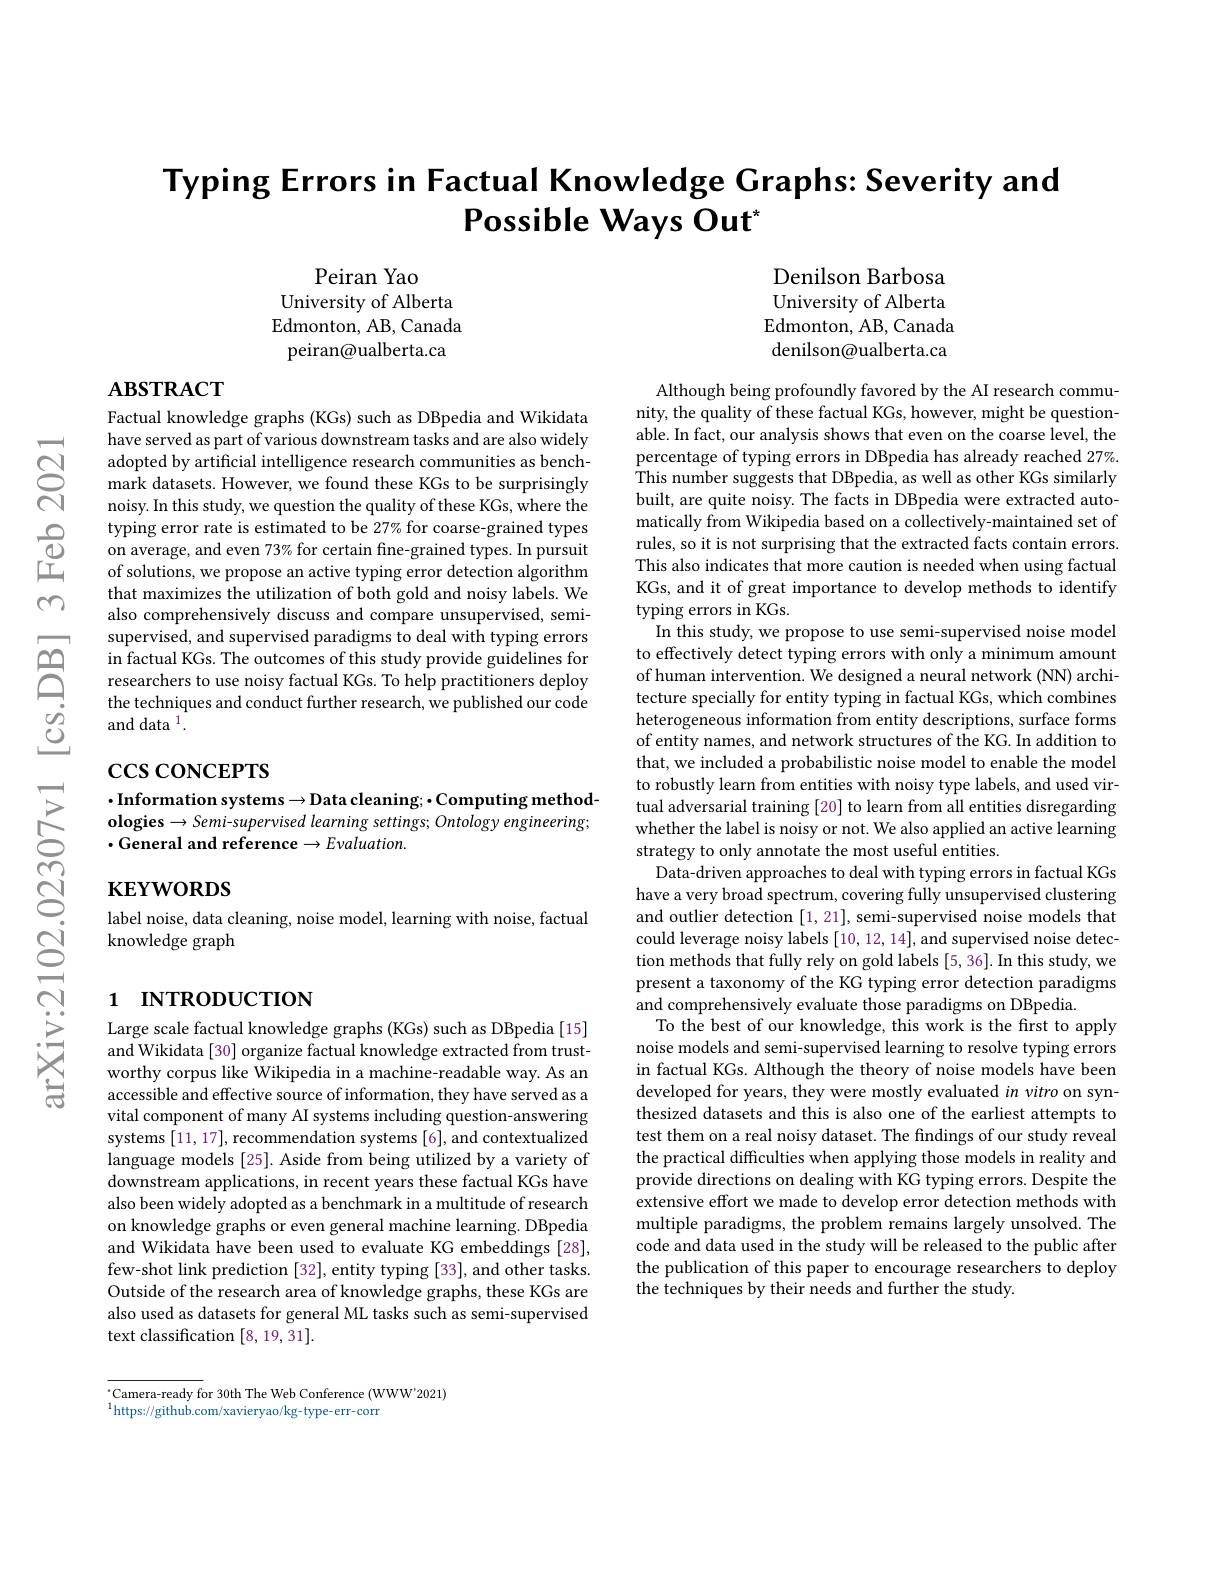
# Typing Errors in Factual Knowledge Graphs: Severity and Possible Ways Out"

Peiran Yao
University of Alberta Edmonton, AB, Canada peiran@ualberta.ca

Denilson Barbosa University of Alberta Edmonton, AB, Canada denilson@ualberta.ca

$\mathbf{ABSTRACT}$

Factual knowledge graphs (KGs) such as DBpedia and Wikidata have served as part of various downstream tasks and are also widely adopted by artificial intelligence research communities as benchmark datasets. However, we found these KGs to be surprisingly noisy. In this study, we question the quality of these KGs, where the typing error rate is estimated to be 27% for coarse-grained types on average, and even 73% for certain fine-grained types. In pursuit of solutions, we propose an active typing error detection algorithm that maximizes the utilization of both gold and noisy labels. We also comprehensively discuss and compare unsupervised, semisupervised, and supervised paradigms to deal with typing errors in factual KGs. The outcomes of this study provide guidelines for researchers to use noisy factual KGs. To help practitioners deploy the techniques and conduct further research, we published our code and data $^1.$

## $\csc\csc$coNCEPTS

$\cdot$Information systems$\to$Data cleaning; •Computing methodologies $\to Semi$-supervised learning settings; Ontology engineering; $\cdot$General and reference$\to Evaluation.$

Although being profoundly favored by the AI research community, the quality of these factual KGs, however, might be questionable. In fact, our analysis shows that even on the coarse level, the percentage of typing errors in DBpedia has already reached 27%. This number suggests that DBpedia, as well as other KGs similarly built, are quite noisy. The facts in DBpedia were extracted automatically from Wikipedia based on a collectively-maintained set of rules, so it is not surprising that the extracted facts contain errors. This also indicates that more caution is needed when using factual KGs, and it of great importance to develop methods to identify typing errors in KGs
In this study, we propose to use semi-supervised noise model to effectively detect typing errors with only a minimum amount of human intervention. We designed a neural network (NN) architecture specially for entity typing in factual KGs, which combines heterogeneous information from entity descriptions, surface forms of entity names, and network structures of the KG. In addition to that, we included a probabilistic noise model to enable the model to robustly learn from entities with noisy type labels, and used virtual adversarial training [20] to learn from all entities disregarding whether the label is noisy or not. We also applied an active learning strategy to only annotate the most useful entities.
Data-driven approaches to deal with typing errors in factual KGs have a very broad spectrum, covering fully unsupervised clustering and outlier detection [1,21], semi-supervised noise models that could leverage noisy labels [10,12,14], and supervised noise detection methods that fully rely on gold labels [5, 36]. In this study, we present a taxonomy of the KG typing error detection paradigms and comprehensively evaluate those paradigms on DBpedia
To the best of our knowledge, this work is the first to apply noise models and semi-supervised learning to resolve typing errors in factual KGs. Although the theory of noise models have been developed for years, they were mostly evaluated in vitro on synthesized datasets and this is also one of the earliest attempts to test them on a real noisy dataset. The findings of our study reveal the practical difficulties when applying those models in reality and provide directions on dealing with KG typing errors. Despite the extensive effort we made to develop error detection methods with multiple paradigms, the problem remains largely unsolved. The code and data used in the study will be released to the public after the publication of this paper to encourage researchers to deploy the techniques by their needs and further the study

## $\mathbf{KEYWORDS}$

label noise, data cleaning, noise model, learning with noise, factual
knowledge graph

# 1 INTRODUCTION

Large scale factual knowledge graphs (KGs) such as DBpedia [15] and Wikidata [30] organize factual knowledge extracted from trustworthy corpus like Wikipedia in a machine-readable way. As an accessible and effective source of information, they have served as a vital component of many AI systems including question-answering systems [11,17], recommendation systems [6], and contextualized language models [25]. Aside from being utilized by a variety of downstream applications, in recent years these factual KGs have also been widely adopted as a benchmark in a multitude of research on knowledge graphs or even general machine learning. DBpedia and Wikidata have been used to evaluate KG embeddings [28], few-shot link prediction [32], entity typing [33], and other tasks. Outside of the research area of knowledge graphs, these KGs are also used as datasets for general ML tasks such as semi-supervised text classification [8,19,31].

$^{*}$Camera-ready for 30th The Web Conference (WWW'2021)
$^{1}$https: / / github. com/ xavieryao/ kg- type- err- corr